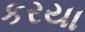
કરયા